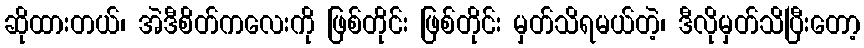
ဆိုထားတယ်၊ အဲဒီစိတ်ကလေးကို ဖြစ်တိုင်း ဖြစ်တိုင်း မှတ်သိရမယ်တဲ့၊ ဒီလိုမှတ်သိပြီးတော့